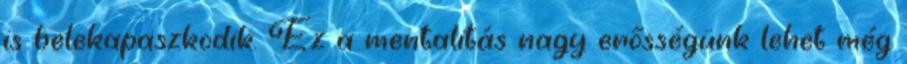
is belekapaszkodik. Ez a mentalitás nagy erősségünk lehet még